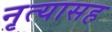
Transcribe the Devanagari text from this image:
नृत्यासह